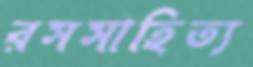
রসসাহিত্য